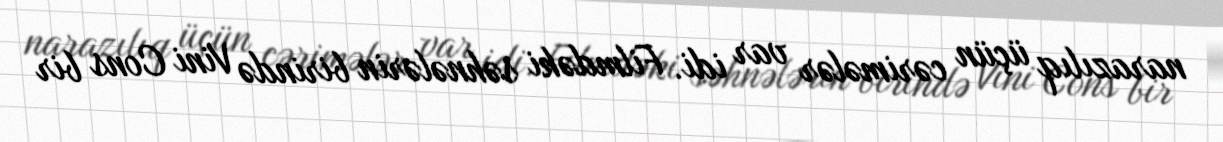
narazılıq üçün cərimələr var idi. Filmdəki səhnələrin birində Vini Cons bir